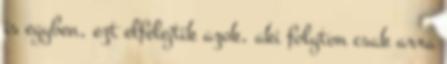
is egyben, ezt elfelejtik azok, aki folyton csak arra